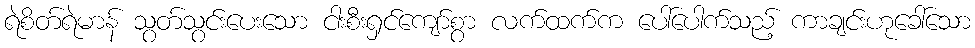
ရဲစိတ်ရဲမာန် သွတ်သွင်းပေးသော ငါးစီးရှင်ကျော်စွာ လက်ထက်က ပေါ်ပေါက်သည့် ကာချင်းဟုခေါ်သော